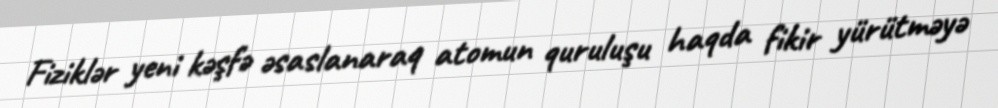
Fiziklər yeni kəşfə əsaslanaraq atomun quruluşu haqda fikir yürütməyə